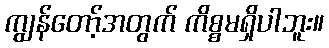
ကျွန်တော့်အတွက် ကိစ္စမရှိပါဘူး။